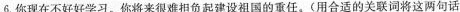
6.你现在不好好学习。你将来很难担负起建设祖国的重任。（用合适的关联词将这两句话